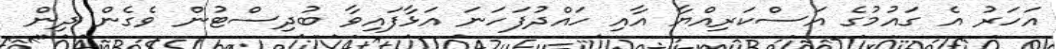
އަހަރު އެ ގައުމުގެ އަސްކަރިއްޔާ އާއި ހައްދުފަހަނަ އަޅާފައިވާ ބުދިސްޓުން ވެގެން ދިން